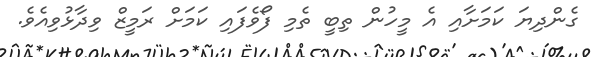
ގެންދިޔަ ކަމަށާއި އެ މީހުން ތިބީ ތެމި ފޯވެފައި ކަމަށް ރަމީޒް ވިދާޅުވިއެވެ.